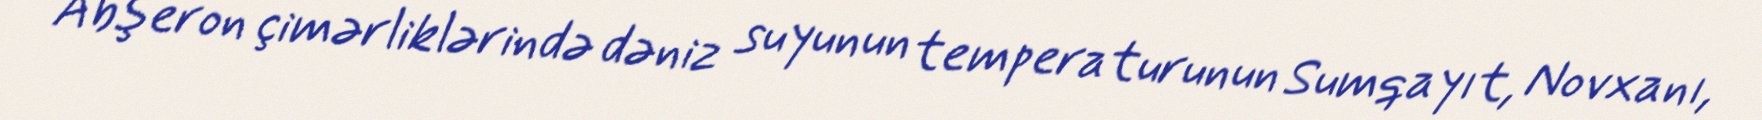
Abşeron çimərliklərində dəniz suyunun temperaturunun Sumqayıt, Novxanı,